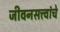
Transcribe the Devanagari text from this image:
जीवनसत्त्वांचे